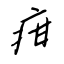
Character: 疳